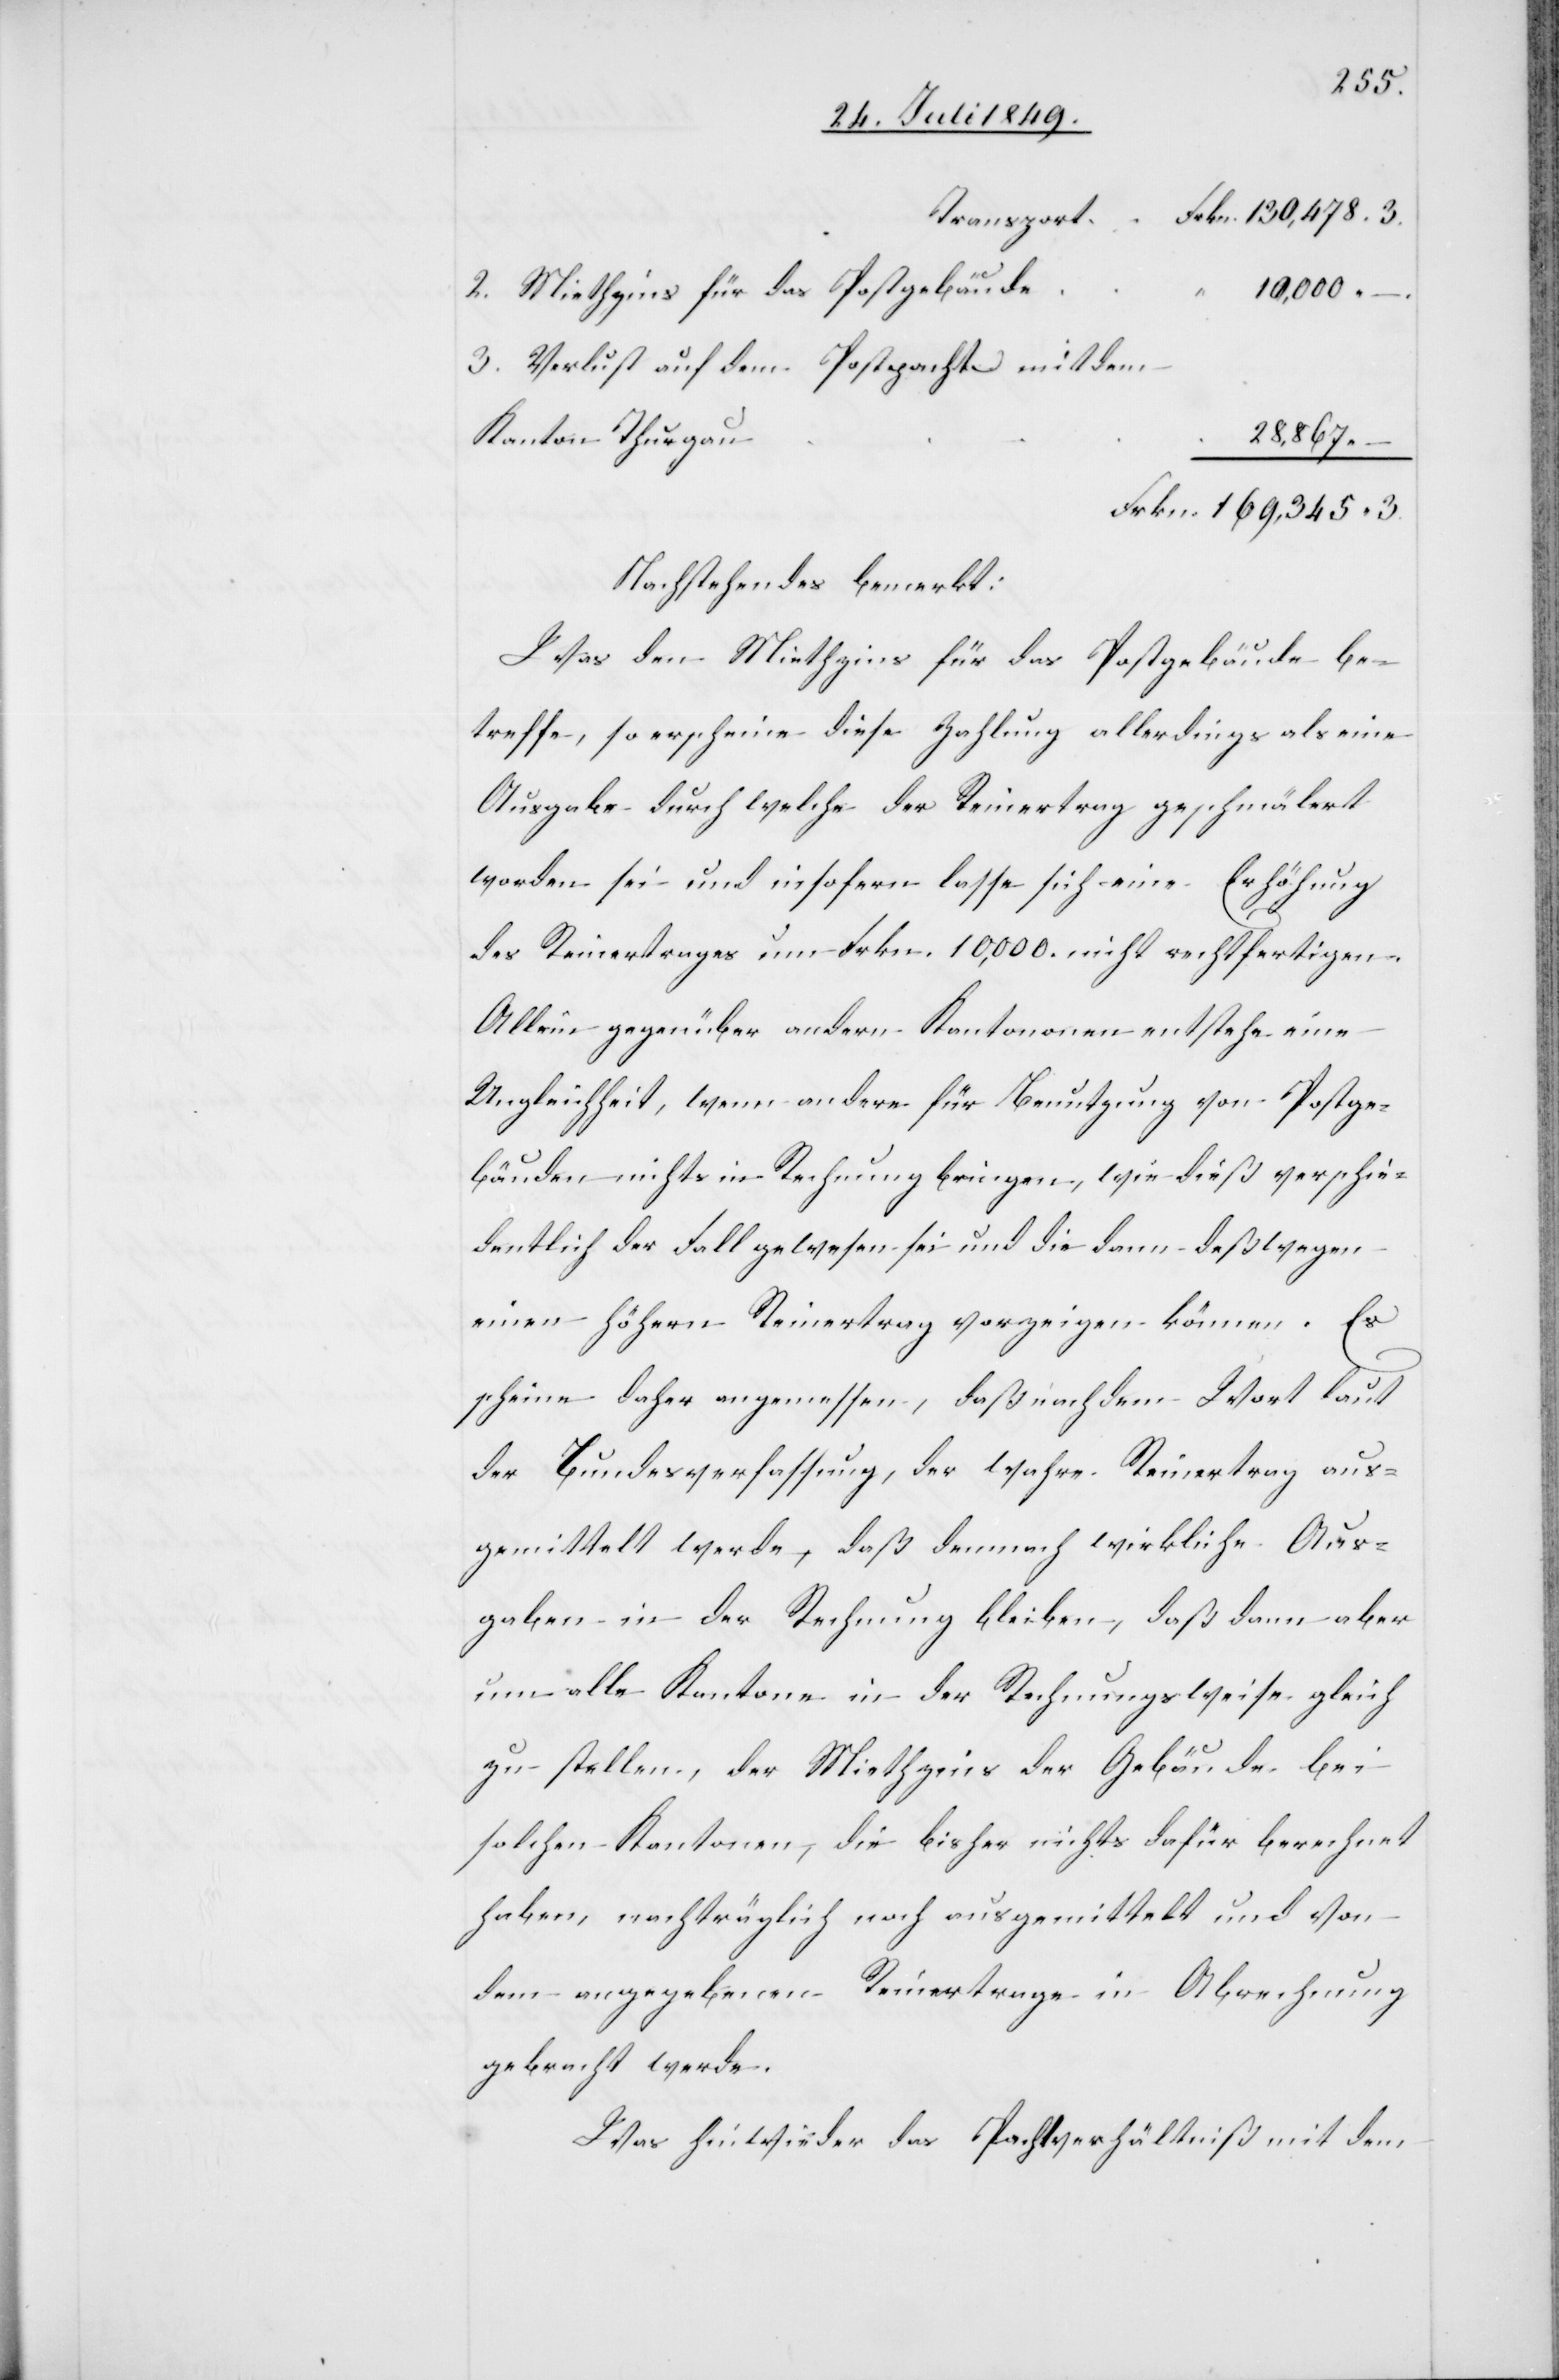
Transport	Frkn.	130,478. 3.
2. Miethzins für das Postgebäud¬
3. Verlust auf dem Postpacht mit dem
Kanton Thurgau
Frkn.	169,345. 3.
Nachstehendes bemerkt:
Was den Miethzins für das Postgebäude be¬
treffe, so erscheine diese Zahlung allerdings als eine
Ausgabe durch welche der Reinertrag geschmälert
worden sei und insofern lasse sich eine Erhöhung
des Reinertrages um Frkn. 10,000. nicht rechtfertigen.
Allein gegenüber andern Kantononen [sic!] entstehe eine
–
Ungleichheit, wenn andere für Benutzung von Postge¬
bäuden nichts in Rechnung bringen, wie dieß verschie¬
dentlich der Fall gewesen sei und die dann deßwegen
einen höhern Reinertrag vorzeigen können. Es
scheine daher angemessen, daß nach dem Wortlaut
der Bundesverfassung, der wahre Reinertrag aus¬
gemittelt werde, daß demnach wirkliche Aus¬
gaben in der Rechnung bleiben, daß dann aber
um alle Kantone in der Rechnungsweise gleich
zu stellen, der Miethzins der Gebäude bei
solchen Kantonen, die bisher nichts dafür berechnet
haben, nachträglich noch ausgemittelt und von
dem angegebenen Reinertrage in Abrechnung
gebracht werde.
Was hinwieder das Pachtverhältniß mit dem